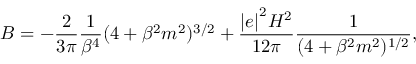
B = - \frac { 2 } { 3 \pi } \frac { 1 } { \beta ^ { 4 } } ( 4 + \beta ^ { 2 } m ^ { 2 } ) ^ { 3 / 2 } + \frac { { \vert e \vert } ^ { 2 } H ^ { 2 } } { 1 2 \pi } \frac { 1 } { ( 4 + \beta ^ { 2 } m ^ { 2 } ) ^ { 1 / 2 } } ,